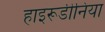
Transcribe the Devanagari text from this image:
हाइरूडीनिया